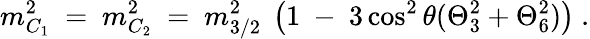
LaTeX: m_{C_{1}}^{2}\ =\ m_{C_{2}}^{2}\ =\ m_{3/2}^{2}\ \left(1\ -\ 3\cos^{2}\theta(\Theta_{3}^{2}+\Theta_{6}^{2})\right)\ .